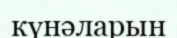
күнәларын